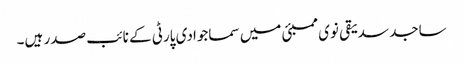
ساجد سدیقی نوی ممبئی میں سماجوادی پارٹی کے نائب صدر ہیں۔